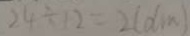
2 4 \div 1 2 = 2 ( d m )